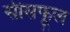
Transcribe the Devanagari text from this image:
सीसफूल